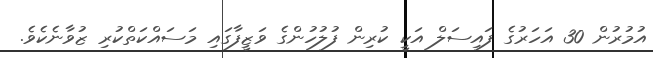
އުމުރުން 30 އަހަރުގެ ފައިސަލް އަކީ ކުރިން ފުލުހުންގެ ވަޒީފާގައި މަސައްކަތްކުރި ޒުވާނެކެވެ.